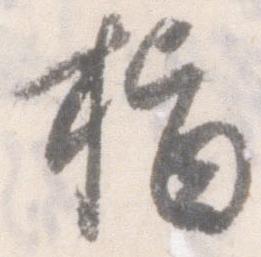
指